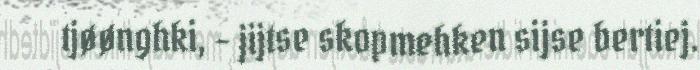
tjøønghki, - jijtse skopmehken sijse bertiej.